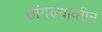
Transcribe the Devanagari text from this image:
सांगण्यावरीन